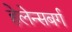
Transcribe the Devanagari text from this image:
हेलेन्सबर्ग